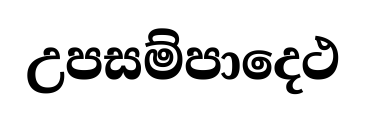
උපසම්පාදෙථ